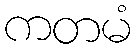
ကတမံ